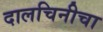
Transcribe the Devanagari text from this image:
दालचिनीचा